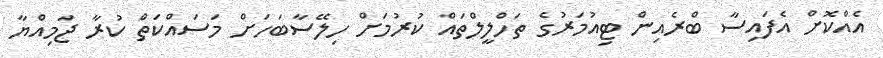
އެއްކޮށް އެފައިސާ ބްރެއިން ޓިއުމަރުގެ ތަހްލީލްތައް ކުރުމަށް ހިލޭސާބަހަށް މަސައްކަތް ކުރާ ޖަމިއްޔާ